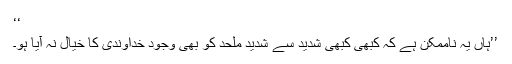
‘‘
’’ہاں یہ ناممکن ہے کہ کبھی کبھی شدید سے شدید ملحد کو بھی وجودِ خداوندی کا خیال نہ آیا ہو۔